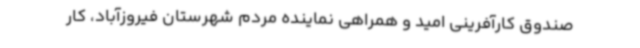
صندوق کارآفرینی امید و همراهی نماینده مردم شهرستان فیروزآباد، کار